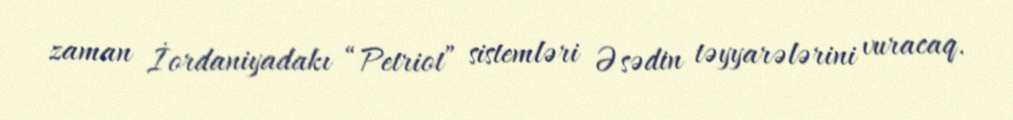
zaman İordaniyadakı “Petriot” sistemləri Əsədin təyyarələrini vuracaq.